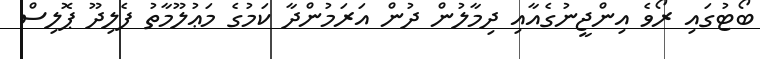
ބޯޓުގައި ރޯވެ އިންޖީނުގެއާއި ދިމާލުން ދުން އަރަމުންދާ ކަމުގެ މަޢުލޫމާތު ފެލިދޫ ޕޮލިސް